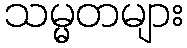
သမ္မတများ